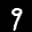
Label: 9